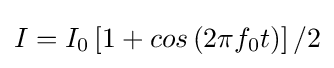
I={I}_{0}\left[1+cos\left(2\pi f_{0}t\right)\right]/2